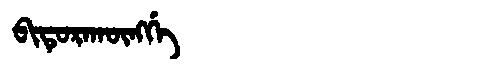
Manchu: ᠪᡳᡨᡠᡵᠠᡴᡡᠩᡤᡝ
Romanization: BITURAKŪNGGE